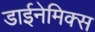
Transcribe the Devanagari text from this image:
डाईनेमिक्स